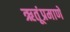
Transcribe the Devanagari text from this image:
ऋतूंप्रमाणे